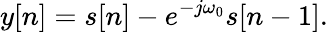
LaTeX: y[n]=s[n]-e^{-j\omega_{0}}s[n-1].